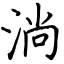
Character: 淌